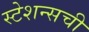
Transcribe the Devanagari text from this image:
स्टेशन्सची